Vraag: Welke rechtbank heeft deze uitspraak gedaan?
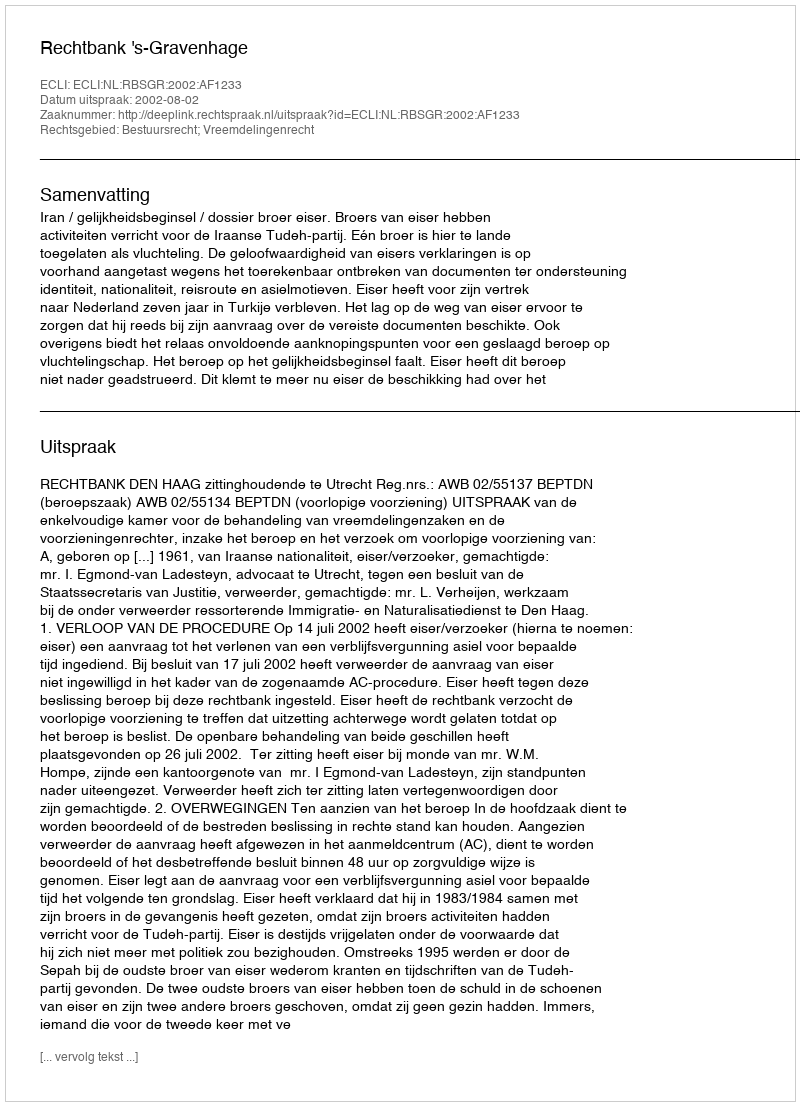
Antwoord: Rechtbank 's-Gravenhage